system: You are a helpful assistant.
user:
Analyze the provided spectrum to determine if it is a **"Cataclysmic Variables (CV)"**.

- **Key Indicators for CV (Check for either state):**
    - **State 1: Quiescent / Low-State (Emission-Dominated)**
        - **(Primary):** Strong and *very broad* Hydrogen Balmer emission lines (e.g., $H\alpha$ at 6563 Å, $H\beta$ at 4861 Å). The 'broadness' (high velocity dispersion, often FWHM > 1000 km/s) is the key diagnostic, indicating a high-velocity accretion disk.
        - **(Secondary):** Broad neutral Helium (He I) emission lines (e.g., 5876 Å, 6678 Å).
        - **(Key Confirmation):** Presence of high-excitation *ionized* Helium (He II) emission at 4686 Å. This is a strong indicator of accretion onto a white dwarf.
        - **(Line Profile):** Emission lines may exhibit a 'double-peaked' profile, which is a classic signature of a rotating accretion disk viewed at high inclination.

    - **State 2: Outburst / High-State (Absorption-Dominated)**
        - **(Primary):** Spectrum is dominated by a bright, blue continuum (looks like a hot star).
        - **(Secondary):** The emission lines from State 1 are weak, absent, or 'filled in', and are replaced by broad, shallow *absorption* lines (primarily Balmer and He I).
        - **(Morphology):** The overall spectrum mimics a hot B/A-type star. The crucial difference is that the absorption lines are significantly broader, shallower, and more 'washed-out' (or 'smeared') than the sharp lines of a normal stellar photosphere, due to high rotational speeds and pressure broadening in the disk.

Think first, call **spectral_visualization_tool** if needed to examine features in detail, then provide your final answer. Your response must adhere to the following strict rules:
1.  **Overall Structure:** Your response must follow the format `<think>...</think> <tool_call>...</tool_call> (if a tool is used) <answer>...</answer>`.
2.  **Tool Usage Constraint:** You may only make **one** tool call per turn.
3.  **Final Answer Format:** In the `<answer>` tag, your conclusion must be inside a `\boxed{}` command (e.g., `\boxed{YES}`), followed by your justification.

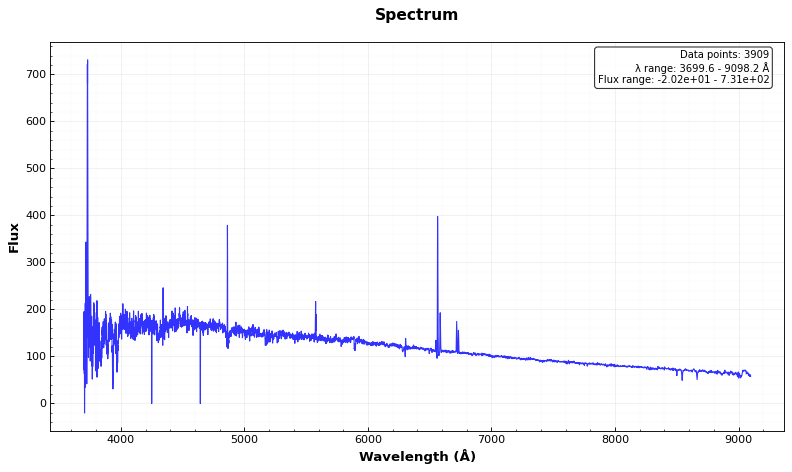
Answer: NO